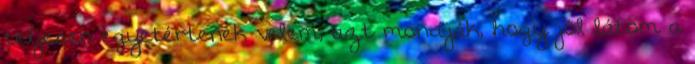
teljesen egyetértenek velem, azt mondják, hogy jól látom a